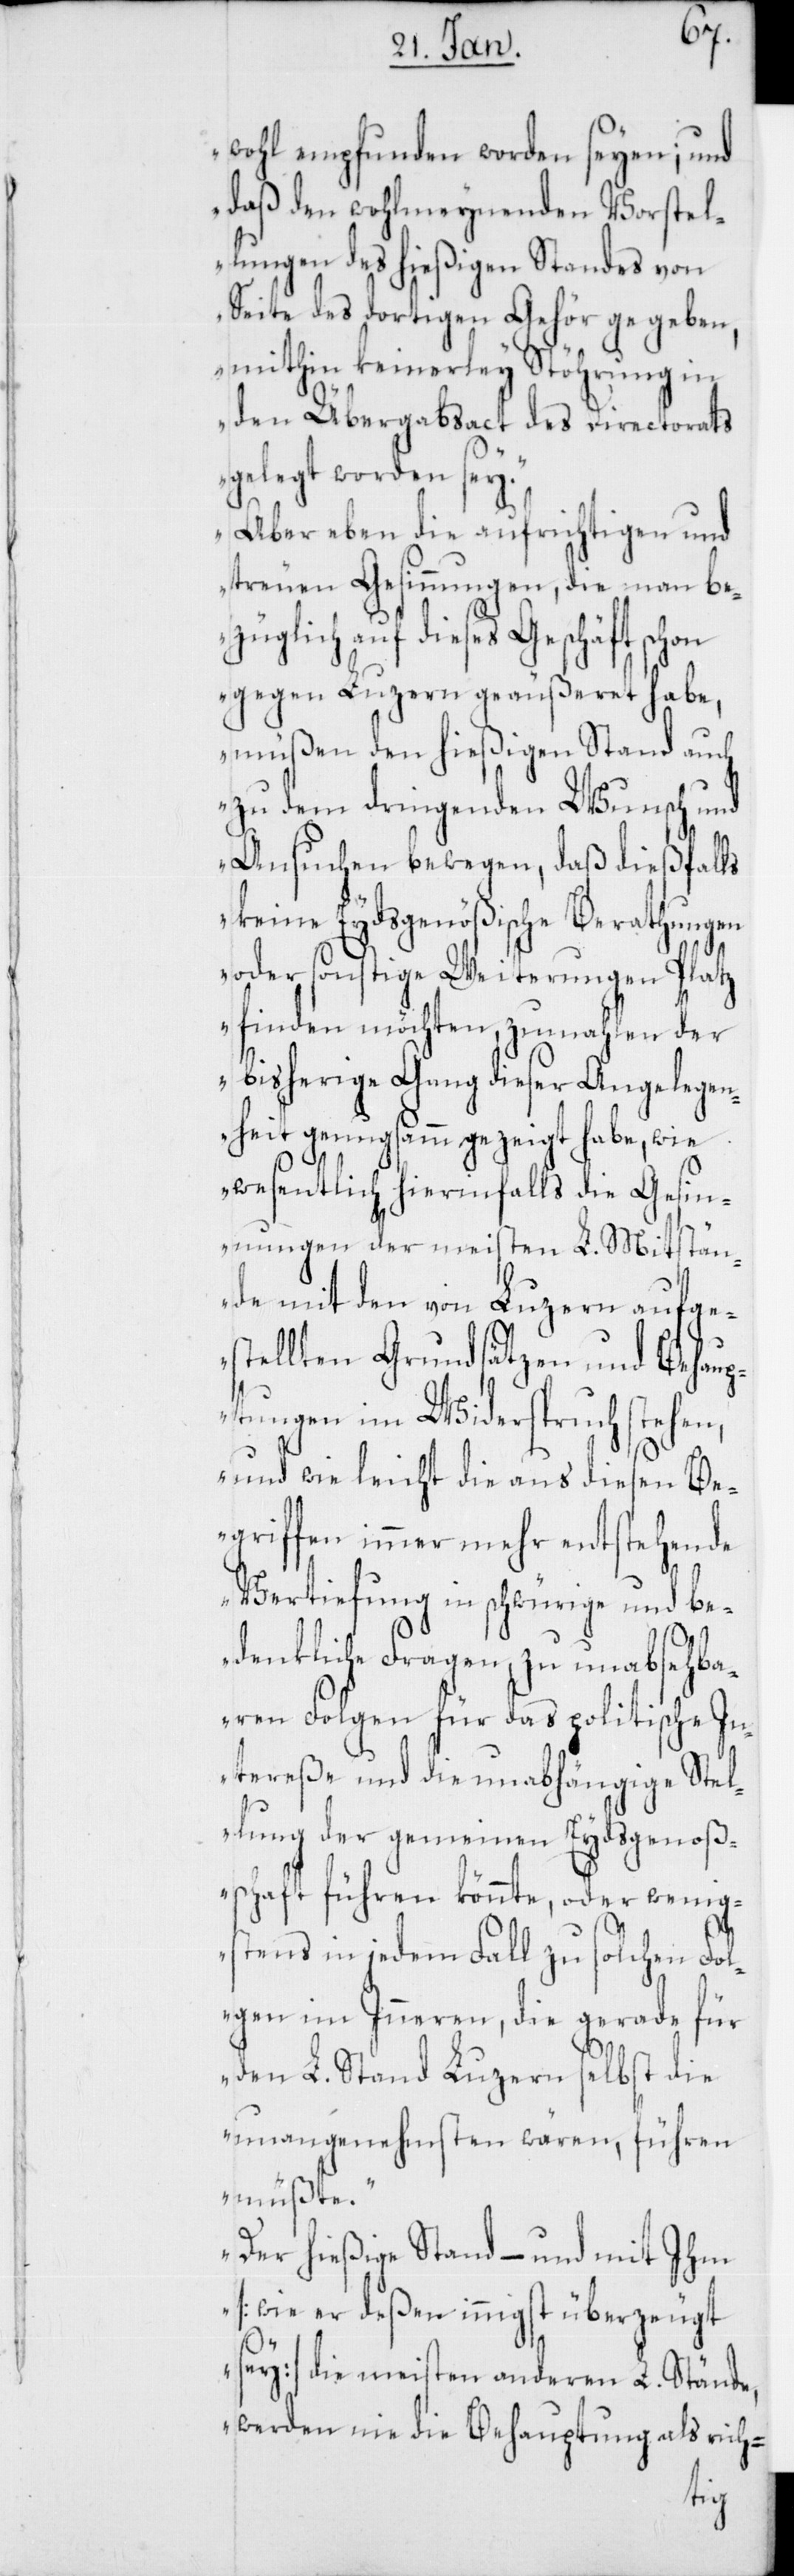
wohl empfunden worden seyen; und
daß den wohlmeynenden Vorstel¬
lungen des hießigen Standes von
Seite des dortigen Gehör gegeben,
mithin keinerley Stöhrung in
den Übergabsact des Directorats
gelegt worden sey.
Aber eben die aufrichtigen und
treuen Gesinnungen, die man be¬
züglich auf dieses Geschäft schon
gegen Luzern geäußeret habe,
müßen den hießigen Stand auch
zu dem dringenden Wunsch und
Ansuchen bewegen, daß dießfalls
keine Eydsgenößische Berathungen
oder sonstige Weiterungen Platz
finden möchten, zumahlen der
bisherige Gang dieser Angelegen¬
heit genugsamm gezeigt habe, wie
wesentlich hierinfalls die Gesin¬
nungen der meisten L. Mitstän¬
de mit den von Luzern aufge¬
stellten Grundsätzen und Behaup¬
tungen im Widerspruch stehen,
und wie leicht die aus diesen Be¬
griffen immer mehr entstehende
Vertiefung in schwürige und be¬
denkliche Fragen, zu unabsehba¬
ren Folgen für das politische In¬
tereße und die unabhängige Stel¬
lung der gemeinen Eydsgenoße¬
nschaft führen könnte, oder wenig¬
stens in jedem Fall zu solchen Fol¬
gen im Inneren, die gerade für
den L. Stand Luzern selbst die
Unangenehmsten wären, führen
müßte.
Der hießige Stand, – und mit ihm
(wie er deßen innigst überzeugt
sey) die meisten anderen L. Stände,
werden nie die Behauptung als rich-